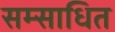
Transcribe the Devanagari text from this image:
सम्साधित